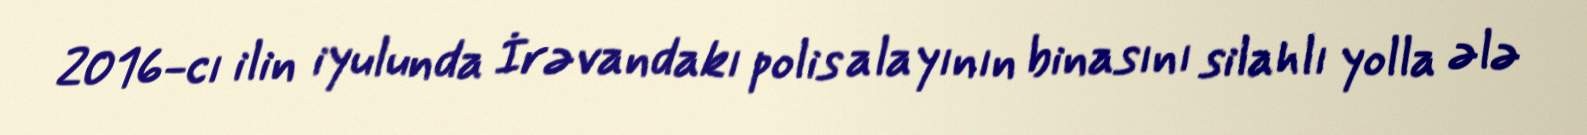
2016-cı ilin iyulunda İrəvandakı polis alayının binasını silahlı yolla ələ